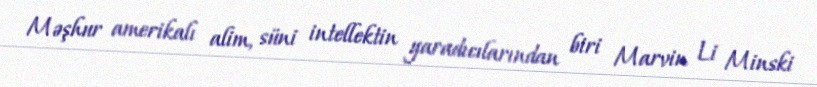
Məşhur amerikalı alim, süni intellektin yaradıcılarından biri Marvin Li Minski